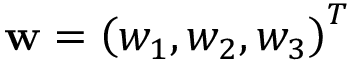
\mathbf { w } = \left( w _ { 1 } , w _ { 2 } , w _ { 3 } \right) ^ { T }